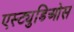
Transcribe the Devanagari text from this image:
एस्ट्युडिओस